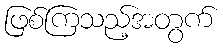
ဖြစ်ကြသည့်အတွက်